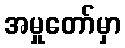
အမှုတော်မှာ